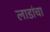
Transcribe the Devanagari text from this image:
लाडांचा